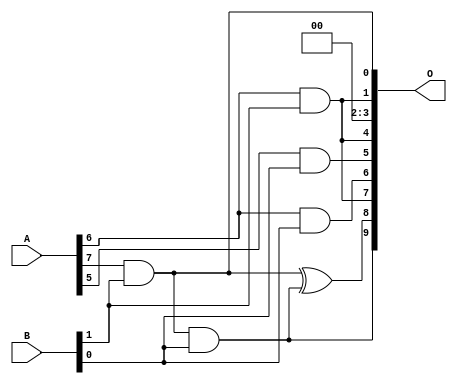
/***
* This code is a part of EvoApproxLib library (ehw.fit.vutbr.cz/approxlib) distributed under The MIT License.
* When used, please cite the following article(s): V. Mrazek, L. Sekanina, Z. Vasicek "Libraries of Approximate Circuits: Automated Design and Application in CNN Accelerators" IEEE Journal on Emerging and Selected Topics in Circuits and Systems, Vol 10, No 4, 2020 
* This file contains a circuit from a sub-set of pareto optimal circuits with respect to the pwr and wce parameters
***/
// MAE% = 4.90 %
// MAE = 50 
// WCE% = 15.53 %
// WCE = 159 
// WCRE% = 100.00 %
// EP% = 74.22 %
// MRE% = 43.01 %
// MSE = 5217 
// PDK45_PWR = 0.0021 mW
// PDK45_AREA = 15.5 um2
// PDK45_DELAY = 0.10 ns

module mul8x2u_0XM (
    A,
    B,
    O
);

input [7:0] A;
input [1:0] B;
output [9:0] O;

wire sig_38,sig_51,sig_52,sig_69,sig_74,sig_78,sig_92;

assign sig_38 = A[6] & B[1];
assign sig_51 = A[6] & B[0];
assign sig_52 = A[7] & B[1];
assign sig_69 = sig_52 & B[0];
assign sig_74 = A[5] & B[0];
assign sig_78 = B[1] & A[7];
assign sig_92 = sig_78 ^ sig_69;

assign O[9] = sig_69;
assign O[8] = sig_92;
assign O[7] = sig_38;
assign O[6] = sig_51;
assign O[5] = sig_74;
assign O[4] = sig_38;
assign O[3] = 1'b0;
assign O[2] = 1'b0;
assign O[1] = sig_38;
assign O[0] = sig_78;

endmodule